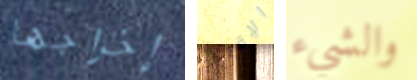
إخراجها الإقتراح والشيء